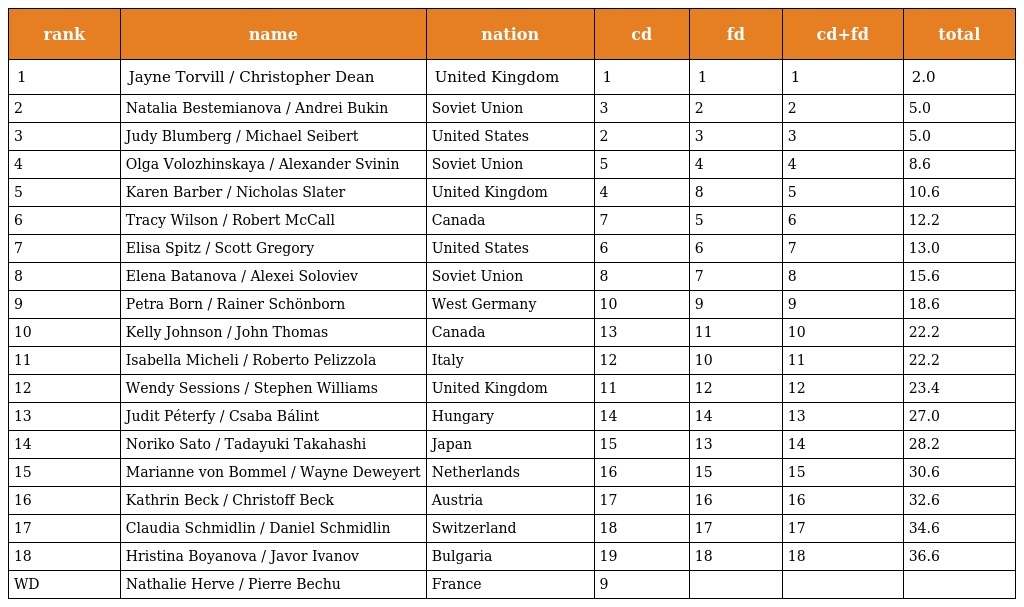
| rank | name | nation | cd | fd | cd+fd | total |
 | --- | --- | --- | --- | --- | --- | --- |
 | 1 | Jayne Torvill / Christopher Dean | United Kingdom | 1 | 1 | 1 | 2.0 |
 | 2 | Natalia Bestemianova / Andrei Bukin | Soviet Union | 3 | 2 | 2 | 5.0 |
 | 3 | Judy Blumberg / Michael Seibert | United States | 2 | 3 | 3 | 5.0 |
 | 4 | Olga Volozhinskaya / Alexander Svinin | Soviet Union | 5 | 4 | 4 | 8.6 |
 | 5 | Karen Barber / Nicholas Slater | United Kingdom | 4 | 8 | 5 | 10.6 |
 | 6 | Tracy Wilson / Robert McCall | Canada | 7 | 5 | 6 | 12.2 |
 | 7 | Elisa Spitz / Scott Gregory | United States | 6 | 6 | 7 | 13.0 |
 | 8 | Elena Batanova / Alexei Soloviev | Soviet Union | 8 | 7 | 8 | 15.6 |
 | 9 | Petra Born / Rainer Schönborn | West Germany | 10 | 9 | 9 | 18.6 |
 | 10 | Kelly Johnson / John Thomas | Canada | 13 | 11 | 10 | 22.2 |
 | 11 | Isabella Micheli / Roberto Pelizzola | Italy | 12 | 10 | 11 | 22.2 |
 | 12 | Wendy Sessions / Stephen Williams | United Kingdom | 11 | 12 | 12 | 23.4 |
 | 13 | Judit Péterfy / Csaba Bálint | Hungary | 14 | 14 | 13 | 27.0 |
 | 14 | Noriko Sato / Tadayuki Takahashi | Japan | 15 | 13 | 14 | 28.2 |
 | 15 | Marianne von Bommel / Wayne Deweyert | Netherlands | 16 | 15 | 15 | 30.6 |
 | 16 | Kathrin Beck / Christoff Beck | Austria | 17 | 16 | 16 | 32.6 |
 | 17 | Claudia Schmidlin / Daniel Schmidlin | Switzerland | 18 | 17 | 17 | 34.6 |
 | 18 | Hristina Boyanova / Javor Ivanov | Bulgaria | 19 | 18 | 18 | 36.6 |
 | WD | Nathalie Herve / Pierre Bechu | France | 9 |  |  |  |